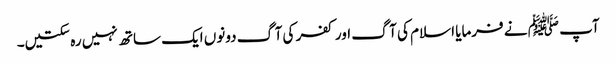
آپ ﷺ نے فرمایا اسلام کی آگ اور کفر کی آگ دونوں ایک ساتھ نہیں رہ سکتیں۔